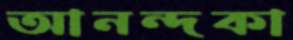
আনন্দকা